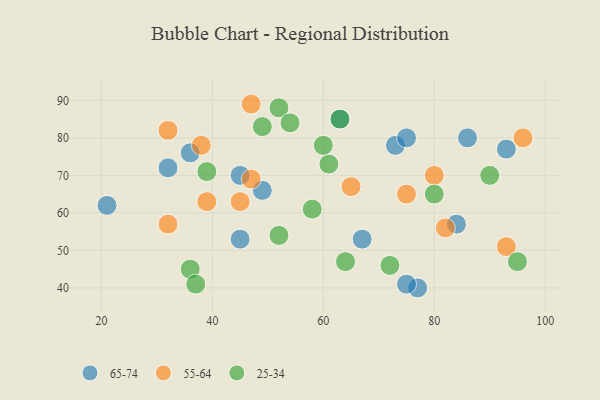
{"axis": {"x": "GDP", "y": "Life Expectancy"}, "legend": ["25-34", "55-64", "65-74"], "data": [{"x": "67", "y": 53, "type": "65-74"}, {"x": "36", "y": 76, "type": "65-74"}, {"x": "86", "y": 80, "type": "65-74"}, {"x": "45", "y": 53, "type": "65-74"}, {"x": "73", "y": 78, "type": "65-74"}, {"x": "49", "y": 66, "type": "65-74"}, {"x": "77", "y": 40, "type": "65-74"}, {"x": "21", "y": 62, "type": "65-74"}, {"x": "45", "y": 70, "type": "65-74"}, {"x": "32", "y": 72, "type": "65-74"}, {"x": "93", "y": 77, "type": "65-74"}, {"x": "75", "y": 80, "type": "65-74"}, {"x": "63", "y": 85, "type": "65-74"}, {"x": "84", "y": 57, "type": "65-74"}, {"x": "75", "y": 41, "type": "65-74"}, {"x": "32", "y": 57, "type": "55-64"}, {"x": "47", "y": 69, "type": "55-64"}, {"x": "32", "y": 82, "type": "55-64"}, {"x": "75", "y": 65, "type": "55-64"}, {"x": "47", "y": 89, "type": "55-64"}, {"x": "38", "y": 78, "type": "55-64"}, {"x": "80", "y": 70, "type": "55-64"}, {"x": "96", "y": 80, "type": "55-64"}, {"x": "93", "y": 51, "type": "55-64"}, {"x": "82", "y": 56, "type": "55-64"}, {"x": "39", "y": 63, "type": "55-64"}, {"x": "65", "y": 67, "type": "55-64"}, {"x": "45", "y": 63, "type": "55-64"}, {"x": "52", "y": 88, "type": "25-34"}, {"x": "61", "y": 73, "type": "25-34"}, {"x": "49", "y": 83, "type": "25-34"}, {"x": "95", "y": 47, "type": "25-34"}, {"x": "90", "y": 70, "type": "25-34"}, {"x": "54", "y": 84, "type": "25-34"}, {"x": "39", "y": 71, "type": "25-34"}, {"x": "63", "y": 85, "type": "25-34"}, {"x": "64", "y": 47, "type": "25-34"}, {"x": "80", "y": 65, "type": "25-34"}, {"x": "60", "y": 78, "type": "25-34"}, {"x": "52", "y": 54, "type": "25-34"}, {"x": "36", "y": 45, "type": "25-34"}, {"x": "72", "y": 46, "type": "25-34"}, {"x": "37", "y": 41, "type": "25-34"}, {"x": "58", "y": 61, "type": "25-34"}]}